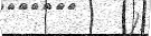
).